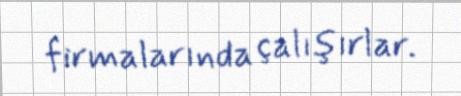
firmalarında çalışırlar.